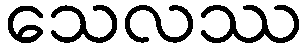
သေလဿ